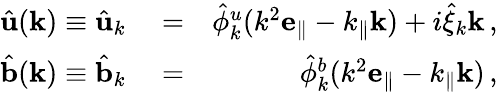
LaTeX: \begin{array}{rlr}{\hat{\mathbf u}({\mathbf k})\equiv\hat{\mathbf u}_{k}}&{{}=}&{\hat{\phi}_{k}^{u}(k^{2}{\mathbf e_{\parallel}}-k_{\parallel}{\mathbf k})+i\hat{\xi}_{k}{\mathbf k}\, ,}\\ {\hat{\mathbf b}({\mathbf k})\equiv\hat{\mathbf b}_{k}}&{{}=}&{\hat{\phi}_{k}^{b}(k^{2}{\mathbf e_{\parallel}}-k_{\parallel}{\mathbf k})\, ,}\end{array}